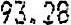
93.28